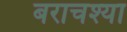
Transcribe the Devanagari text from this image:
बराचश्या